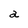
Character: a